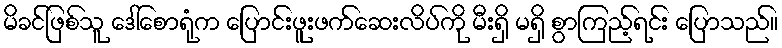
မိခင်ဖြစ်သူ ဒေါ်စောရုံက ပြောင်းဖူးဖက်ဆေးလိပ်ကို မီးရှိ မရှိ စွာကြည့်ရင်း ပြောသည်။